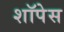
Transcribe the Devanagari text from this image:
शॉपेस